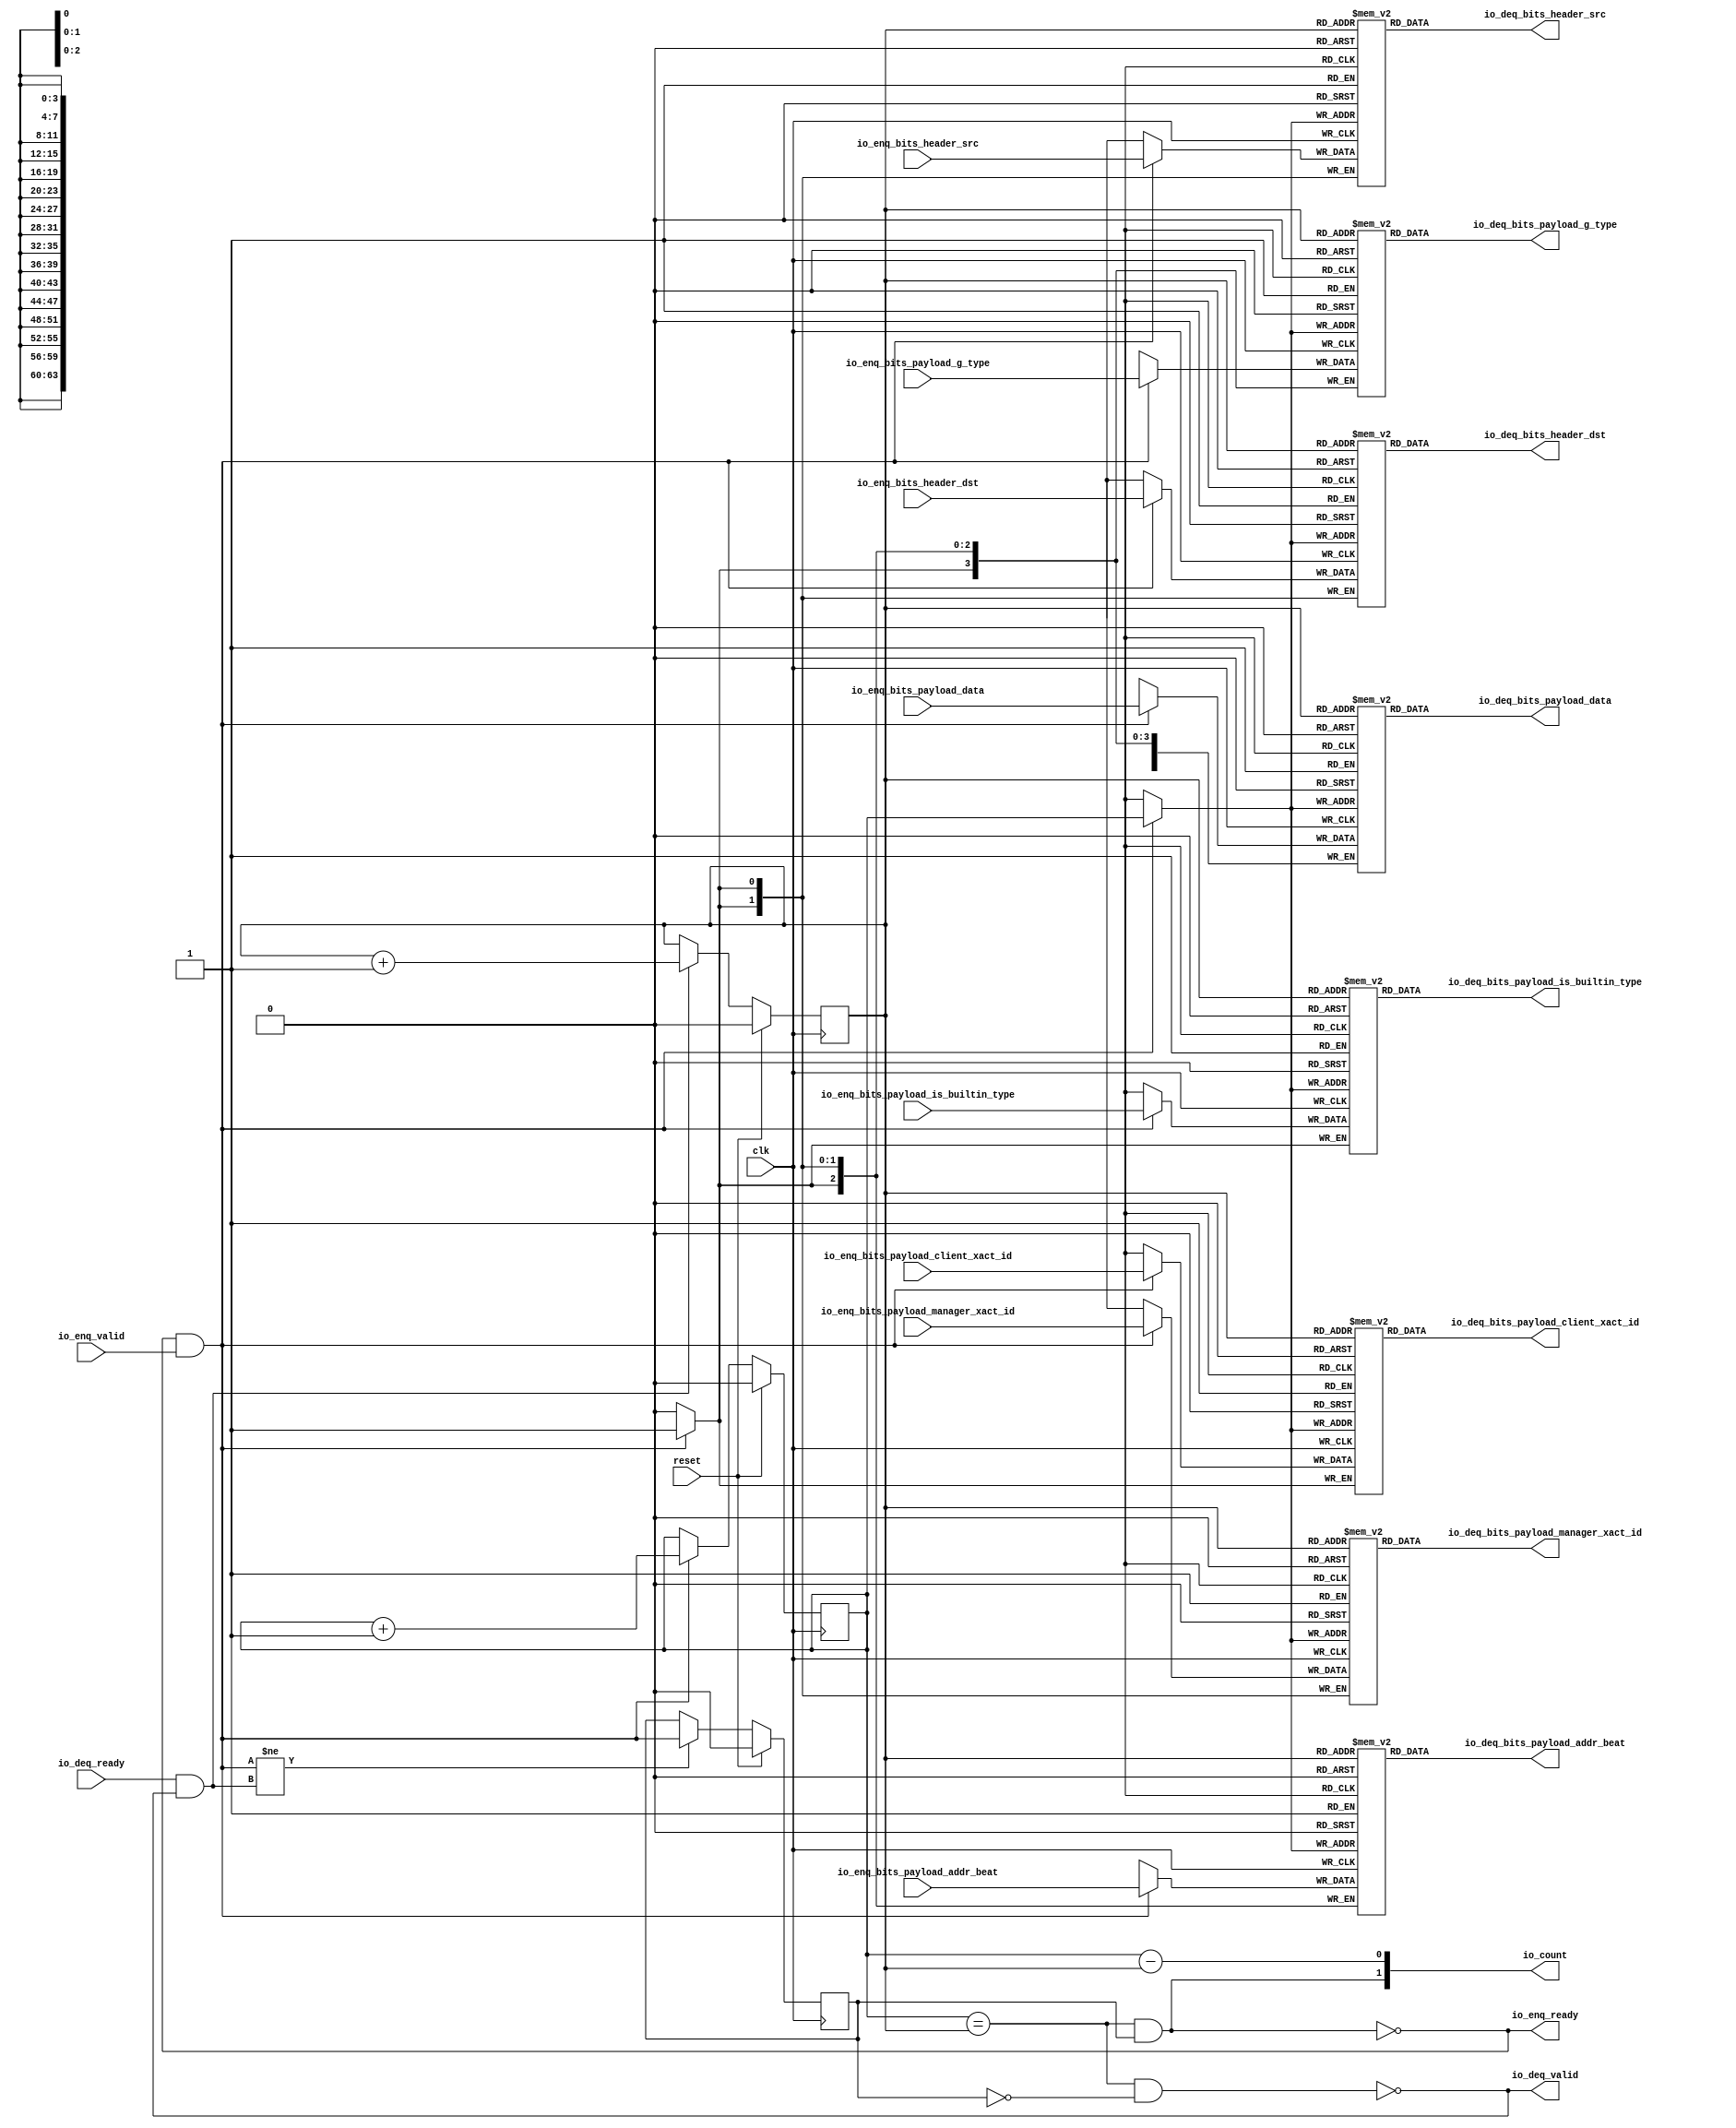
module Queue_3(
  input   clk,
  input   reset,
  output  io_enq_ready,
  input   io_enq_valid,
  input  [1:0] io_enq_bits_header_src,
  input  [1:0] io_enq_bits_header_dst,
  input  [2:0] io_enq_bits_payload_addr_beat,
  input   io_enq_bits_payload_client_xact_id,
  input  [1:0] io_enq_bits_payload_manager_xact_id,
  input   io_enq_bits_payload_is_builtin_type,
  input  [3:0] io_enq_bits_payload_g_type,
  input  [63:0] io_enq_bits_payload_data,
  input   io_deq_ready,
  output  io_deq_valid,
  output [1:0] io_deq_bits_header_src,
  output [1:0] io_deq_bits_header_dst,
  output [2:0] io_deq_bits_payload_addr_beat,
  output  io_deq_bits_payload_client_xact_id,
  output [1:0] io_deq_bits_payload_manager_xact_id,
  output  io_deq_bits_payload_is_builtin_type,
  output [3:0] io_deq_bits_payload_g_type,
  output [63:0] io_deq_bits_payload_data,
  output [1:0] io_count
);
  reg [1:0] ram_header_src [0:1];
  reg [31:0] GEN_0;
  wire [1:0] ram_header_src_T_1144_data;
  wire  ram_header_src_T_1144_addr;
  wire  ram_header_src_T_1144_en;
  wire [1:0] ram_header_src_T_1018_data;
  wire  ram_header_src_T_1018_addr;
  wire  ram_header_src_T_1018_mask;
  wire  ram_header_src_T_1018_en;
  reg [1:0] ram_header_dst [0:1];
  reg [31:0] GEN_1;
  wire [1:0] ram_header_dst_T_1144_data;
  wire  ram_header_dst_T_1144_addr;
  wire  ram_header_dst_T_1144_en;
  wire [1:0] ram_header_dst_T_1018_data;
  wire  ram_header_dst_T_1018_addr;
  wire  ram_header_dst_T_1018_mask;
  wire  ram_header_dst_T_1018_en;
  reg [2:0] ram_payload_addr_beat [0:1];
  reg [31:0] GEN_2;
  wire [2:0] ram_payload_addr_beat_T_1144_data;
  wire  ram_payload_addr_beat_T_1144_addr;
  wire  ram_payload_addr_beat_T_1144_en;
  wire [2:0] ram_payload_addr_beat_T_1018_data;
  wire  ram_payload_addr_beat_T_1018_addr;
  wire  ram_payload_addr_beat_T_1018_mask;
  wire  ram_payload_addr_beat_T_1018_en;
  reg  ram_payload_client_xact_id [0:1];
  reg [31:0] GEN_3;
  wire  ram_payload_client_xact_id_T_1144_data;
  wire  ram_payload_client_xact_id_T_1144_addr;
  wire  ram_payload_client_xact_id_T_1144_en;
  wire  ram_payload_client_xact_id_T_1018_data;
  wire  ram_payload_client_xact_id_T_1018_addr;
  wire  ram_payload_client_xact_id_T_1018_mask;
  wire  ram_payload_client_xact_id_T_1018_en;
  reg [1:0] ram_payload_manager_xact_id [0:1];
  reg [31:0] GEN_4;
  wire [1:0] ram_payload_manager_xact_id_T_1144_data;
  wire  ram_payload_manager_xact_id_T_1144_addr;
  wire  ram_payload_manager_xact_id_T_1144_en;
  wire [1:0] ram_payload_manager_xact_id_T_1018_data;
  wire  ram_payload_manager_xact_id_T_1018_addr;
  wire  ram_payload_manager_xact_id_T_1018_mask;
  wire  ram_payload_manager_xact_id_T_1018_en;
  reg  ram_payload_is_builtin_type [0:1];
  reg [31:0] GEN_5;
  wire  ram_payload_is_builtin_type_T_1144_data;
  wire  ram_payload_is_builtin_type_T_1144_addr;
  wire  ram_payload_is_builtin_type_T_1144_en;
  wire  ram_payload_is_builtin_type_T_1018_data;
  wire  ram_payload_is_builtin_type_T_1018_addr;
  wire  ram_payload_is_builtin_type_T_1018_mask;
  wire  ram_payload_is_builtin_type_T_1018_en;
  reg [3:0] ram_payload_g_type [0:1];
  reg [31:0] GEN_6;
  wire [3:0] ram_payload_g_type_T_1144_data;
  wire  ram_payload_g_type_T_1144_addr;
  wire  ram_payload_g_type_T_1144_en;
  wire [3:0] ram_payload_g_type_T_1018_data;
  wire  ram_payload_g_type_T_1018_addr;
  wire  ram_payload_g_type_T_1018_mask;
  wire  ram_payload_g_type_T_1018_en;
  reg [63:0] ram_payload_data [0:1];
  reg [63:0] GEN_7;
  wire [63:0] ram_payload_data_T_1144_data;
  wire  ram_payload_data_T_1144_addr;
  wire  ram_payload_data_T_1144_en;
  wire [63:0] ram_payload_data_T_1018_data;
  wire  ram_payload_data_T_1018_addr;
  wire  ram_payload_data_T_1018_mask;
  wire  ram_payload_data_T_1018_en;
  reg  T_1010;
  reg [31:0] GEN_8;
  reg  T_1012;
  reg [31:0] GEN_9;
  reg  maybe_full;
  reg [31:0] GEN_10;
  wire  ptr_match;
  wire  T_1015;
  wire  empty;
  wire  full;
  wire  T_1016;
  wire  do_enq;
  wire  T_1017;
  wire  do_deq;
  wire [1:0] T_1132;
  wire  T_1133;
  wire  GEN_19;
  wire [1:0] T_1137;
  wire  T_1138;
  wire  GEN_20;
  wire  T_1139;
  wire  GEN_21;
  wire  T_1141;
  wire  T_1143;
  wire [1:0] T_1255;
  wire  ptr_diff;
  wire  T_1256;
  wire [1:0] T_1257;
  assign io_enq_ready = T_1143;
  assign io_deq_valid = T_1141;
  assign io_deq_bits_header_src = ram_header_src_T_1144_data;
  assign io_deq_bits_header_dst = ram_header_dst_T_1144_data;
  assign io_deq_bits_payload_addr_beat = ram_payload_addr_beat_T_1144_data;
  assign io_deq_bits_payload_client_xact_id = ram_payload_client_xact_id_T_1144_data;
  assign io_deq_bits_payload_manager_xact_id = ram_payload_manager_xact_id_T_1144_data;
  assign io_deq_bits_payload_is_builtin_type = ram_payload_is_builtin_type_T_1144_data;
  assign io_deq_bits_payload_g_type = ram_payload_g_type_T_1144_data;
  assign io_deq_bits_payload_data = ram_payload_data_T_1144_data;
  assign io_count = T_1257;
  assign ram_header_src_T_1144_addr = T_1012;
  assign ram_header_src_T_1144_en = 1'h1;
  assign ram_header_src_T_1144_data = ram_header_src[ram_header_src_T_1144_addr];
  assign ram_header_src_T_1018_data = io_enq_bits_header_src;
  assign ram_header_src_T_1018_addr = T_1010;
  assign ram_header_src_T_1018_mask = do_enq;
  assign ram_header_src_T_1018_en = do_enq;
  assign ram_header_dst_T_1144_addr = T_1012;
  assign ram_header_dst_T_1144_en = 1'h1;
  assign ram_header_dst_T_1144_data = ram_header_dst[ram_header_dst_T_1144_addr];
  assign ram_header_dst_T_1018_data = io_enq_bits_header_dst;
  assign ram_header_dst_T_1018_addr = T_1010;
  assign ram_header_dst_T_1018_mask = do_enq;
  assign ram_header_dst_T_1018_en = do_enq;
  assign ram_payload_addr_beat_T_1144_addr = T_1012;
  assign ram_payload_addr_beat_T_1144_en = 1'h1;
  assign ram_payload_addr_beat_T_1144_data = ram_payload_addr_beat[ram_payload_addr_beat_T_1144_addr];
  assign ram_payload_addr_beat_T_1018_data = io_enq_bits_payload_addr_beat;
  assign ram_payload_addr_beat_T_1018_addr = T_1010;
  assign ram_payload_addr_beat_T_1018_mask = do_enq;
  assign ram_payload_addr_beat_T_1018_en = do_enq;
  assign ram_payload_client_xact_id_T_1144_addr = T_1012;
  assign ram_payload_client_xact_id_T_1144_en = 1'h1;
  assign ram_payload_client_xact_id_T_1144_data = ram_payload_client_xact_id[ram_payload_client_xact_id_T_1144_addr];
  assign ram_payload_client_xact_id_T_1018_data = io_enq_bits_payload_client_xact_id;
  assign ram_payload_client_xact_id_T_1018_addr = T_1010;
  assign ram_payload_client_xact_id_T_1018_mask = do_enq;
  assign ram_payload_client_xact_id_T_1018_en = do_enq;
  assign ram_payload_manager_xact_id_T_1144_addr = T_1012;
  assign ram_payload_manager_xact_id_T_1144_en = 1'h1;
  assign ram_payload_manager_xact_id_T_1144_data = ram_payload_manager_xact_id[ram_payload_manager_xact_id_T_1144_addr];
  assign ram_payload_manager_xact_id_T_1018_data = io_enq_bits_payload_manager_xact_id;
  assign ram_payload_manager_xact_id_T_1018_addr = T_1010;
  assign ram_payload_manager_xact_id_T_1018_mask = do_enq;
  assign ram_payload_manager_xact_id_T_1018_en = do_enq;
  assign ram_payload_is_builtin_type_T_1144_addr = T_1012;
  assign ram_payload_is_builtin_type_T_1144_en = 1'h1;
  assign ram_payload_is_builtin_type_T_1144_data = ram_payload_is_builtin_type[ram_payload_is_builtin_type_T_1144_addr];
  assign ram_payload_is_builtin_type_T_1018_data = io_enq_bits_payload_is_builtin_type;
  assign ram_payload_is_builtin_type_T_1018_addr = T_1010;
  assign ram_payload_is_builtin_type_T_1018_mask = do_enq;
  assign ram_payload_is_builtin_type_T_1018_en = do_enq;
  assign ram_payload_g_type_T_1144_addr = T_1012;
  assign ram_payload_g_type_T_1144_en = 1'h1;
  assign ram_payload_g_type_T_1144_data = ram_payload_g_type[ram_payload_g_type_T_1144_addr];
  assign ram_payload_g_type_T_1018_data = io_enq_bits_payload_g_type;
  assign ram_payload_g_type_T_1018_addr = T_1010;
  assign ram_payload_g_type_T_1018_mask = do_enq;
  assign ram_payload_g_type_T_1018_en = do_enq;
  assign ram_payload_data_T_1144_addr = T_1012;
  assign ram_payload_data_T_1144_en = 1'h1;
  assign ram_payload_data_T_1144_data = ram_payload_data[ram_payload_data_T_1144_addr];
  assign ram_payload_data_T_1018_data = io_enq_bits_payload_data;
  assign ram_payload_data_T_1018_addr = T_1010;
  assign ram_payload_data_T_1018_mask = do_enq;
  assign ram_payload_data_T_1018_en = do_enq;
  assign ptr_match = T_1010 == T_1012;
  assign T_1015 = maybe_full == 1'h0;
  assign empty = ptr_match & T_1015;
  assign full = ptr_match & maybe_full;
  assign T_1016 = io_enq_ready & io_enq_valid;
  assign do_enq = T_1016;
  assign T_1017 = io_deq_ready & io_deq_valid;
  assign do_deq = T_1017;
  assign T_1132 = T_1010 + 1'h1;
  assign T_1133 = T_1132[0:0];
  assign GEN_19 = do_enq ? T_1133 : T_1010;
  assign T_1137 = T_1012 + 1'h1;
  assign T_1138 = T_1137[0:0];
  assign GEN_20 = do_deq ? T_1138 : T_1012;
  assign T_1139 = do_enq != do_deq;
  assign GEN_21 = T_1139 ? do_enq : maybe_full;
  assign T_1141 = empty == 1'h0;
  assign T_1143 = full == 1'h0;
  assign T_1255 = T_1010 - T_1012;
  assign ptr_diff = T_1255[0:0];
  assign T_1256 = maybe_full & ptr_match;
  assign T_1257 = {T_1256,ptr_diff};
`ifdef RANDOMIZE
  integer initvar;
  initial begin
    `ifndef verilator
      #0.002;
    `endif
  GEN_0 = {1{$random}};
  `ifdef RANDOMIZE
  for (initvar = 0; initvar < 2; initvar = initvar+1)
    ram_header_src[initvar] = GEN_0[1:0];
  `endif
  GEN_1 = {1{$random}};
  `ifdef RANDOMIZE
  for (initvar = 0; initvar < 2; initvar = initvar+1)
    ram_header_dst[initvar] = GEN_1[1:0];
  `endif
  GEN_2 = {1{$random}};
  `ifdef RANDOMIZE
  for (initvar = 0; initvar < 2; initvar = initvar+1)
    ram_payload_addr_beat[initvar] = GEN_2[2:0];
  `endif
  GEN_3 = {1{$random}};
  `ifdef RANDOMIZE
  for (initvar = 0; initvar < 2; initvar = initvar+1)
    ram_payload_client_xact_id[initvar] = GEN_3[0:0];
  `endif
  GEN_4 = {1{$random}};
  `ifdef RANDOMIZE
  for (initvar = 0; initvar < 2; initvar = initvar+1)
    ram_payload_manager_xact_id[initvar] = GEN_4[1:0];
  `endif
  GEN_5 = {1{$random}};
  `ifdef RANDOMIZE
  for (initvar = 0; initvar < 2; initvar = initvar+1)
    ram_payload_is_builtin_type[initvar] = GEN_5[0:0];
  `endif
  GEN_6 = {1{$random}};
  `ifdef RANDOMIZE
  for (initvar = 0; initvar < 2; initvar = initvar+1)
    ram_payload_g_type[initvar] = GEN_6[3:0];
  `endif
  GEN_7 = {2{$random}};
  `ifdef RANDOMIZE
  for (initvar = 0; initvar < 2; initvar = initvar+1)
    ram_payload_data[initvar] = GEN_7[63:0];
  `endif
  `ifdef RANDOMIZE
  GEN_8 = {1{$random}};
  T_1010 = GEN_8[0:0];
  `endif
  `ifdef RANDOMIZE
  GEN_9 = {1{$random}};
  T_1012 = GEN_9[0:0];
  `endif
  `ifdef RANDOMIZE
  GEN_10 = {1{$random}};
  maybe_full = GEN_10[0:0];
  `endif
  end
`endif
  always @(posedge clk) begin
    if(ram_header_src_T_1018_en & ram_header_src_T_1018_mask) begin
      ram_header_src[ram_header_src_T_1018_addr] <= ram_header_src_T_1018_data;
    end
    if(ram_header_dst_T_1018_en & ram_header_dst_T_1018_mask) begin
      ram_header_dst[ram_header_dst_T_1018_addr] <= ram_header_dst_T_1018_data;
    end
    if(ram_payload_addr_beat_T_1018_en & ram_payload_addr_beat_T_1018_mask) begin
      ram_payload_addr_beat[ram_payload_addr_beat_T_1018_addr] <= ram_payload_addr_beat_T_1018_data;
    end
    if(ram_payload_client_xact_id_T_1018_en & ram_payload_client_xact_id_T_1018_mask) begin
      ram_payload_client_xact_id[ram_payload_client_xact_id_T_1018_addr] <= ram_payload_client_xact_id_T_1018_data;
    end
    if(ram_payload_manager_xact_id_T_1018_en & ram_payload_manager_xact_id_T_1018_mask) begin
      ram_payload_manager_xact_id[ram_payload_manager_xact_id_T_1018_addr] <= ram_payload_manager_xact_id_T_1018_data;
    end
    if(ram_payload_is_builtin_type_T_1018_en & ram_payload_is_builtin_type_T_1018_mask) begin
      ram_payload_is_builtin_type[ram_payload_is_builtin_type_T_1018_addr] <= ram_payload_is_builtin_type_T_1018_data;
    end
    if(ram_payload_g_type_T_1018_en & ram_payload_g_type_T_1018_mask) begin
      ram_payload_g_type[ram_payload_g_type_T_1018_addr] <= ram_payload_g_type_T_1018_data;
    end
    if(ram_payload_data_T_1018_en & ram_payload_data_T_1018_mask) begin
      ram_payload_data[ram_payload_data_T_1018_addr] <= ram_payload_data_T_1018_data;
    end
    if(reset) begin
      T_1010 <= 1'h0;
    end else begin
      if(do_enq) begin
        T_1010 <= T_1133;
      end
    end
    if(reset) begin
      T_1012 <= 1'h0;
    end else begin
      if(do_deq) begin
        T_1012 <= T_1138;
      end
    end
    if(reset) begin
      maybe_full <= 1'h0;
    end else begin
      if(T_1139) begin
        maybe_full <= do_enq;
      end
    end
  end
endmodule